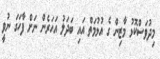
މިދުވަސްކޮޅު މާޒިން ގެ އުޅުމަތް އައި ބަދަލު އަހަރެން ނަށް ފާހަގަ ނުވީ